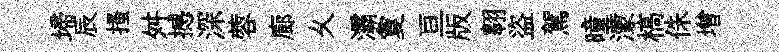
埽辰搔舛撼深蓉廊乆灞夐亘版翱盜駕曈濛槁侏增